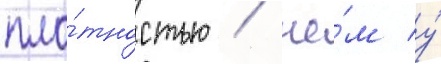
пло́тностью / че́м у́